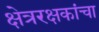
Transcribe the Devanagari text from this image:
क्षेत्ररक्षकांचा